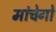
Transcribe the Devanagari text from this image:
मांचेगो